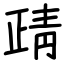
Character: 靕